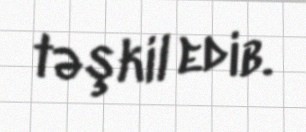
təşkil edib.